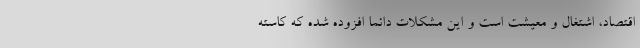
اقتصاد، اشتغال و معیشت است و این مشکلات دائما افزوده شده که کاسته